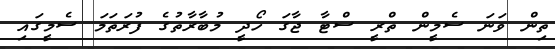
ތިން ވަަނަ ސެމީން ތްރީ ސްޓާ ޖާގަ ހޯދީ މުބާރާތުގެ ފުރަތަމަ ސެމީގައި